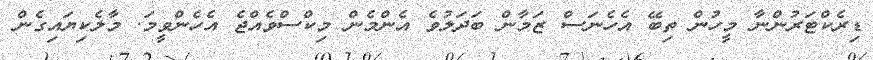
ޑިރެކްޓަރުންނާ މީހުން ތިބޭ އެހެނަސް ޒަމާން ބަދަލުވެ އެންމެން މިކްސްވެއްޖެ އެހެންވީމަ. މާލެކިޔައިގެން